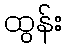
ထွန်း